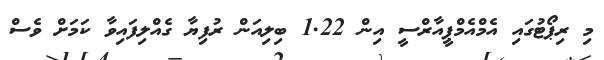
މި ރިޕޯޓުގައި އެމްއެމްޕީއާރްސީ އިން 1.22 ބިލިއަން ރުފިޔާ ގެއްލިފައިވާ ކަމަށް ވެސް